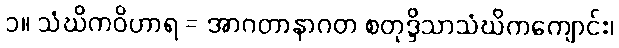
၁။ သံဃိကဝိဟာရ = အာဂတာနာဂတ စတုဒ္ဒိသာသံဃိကကျောင်း၊